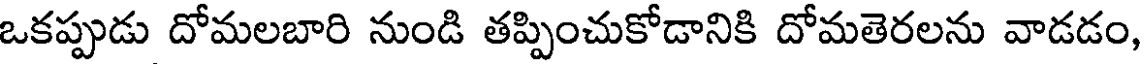
ఒకప్పుడు దోమలబారి నుండి తప్పించుకోడానికి దోమతెరలను వాడడం,